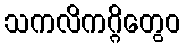
သကလိကဂ္ဂိတွေဝ